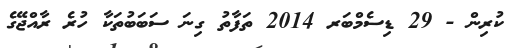
ކުރިން - 29 ޑިސެމްބަރ 2014 ތަފާތު ގިނަ ސަބަބުތަކާ ހުރެ ރާއްޖޭގެ